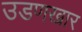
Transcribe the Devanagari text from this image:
उडणखार